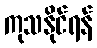
ကုသနိုင်ရန်